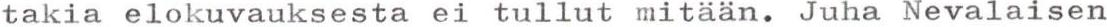
takia elokuvauksesta ei tullut mitään. Juha Nevalaisen